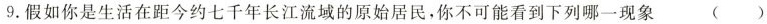
9.假如你是生活在距今约七千年长江流域的原始居民，你不可能看到下列哪一现象( )